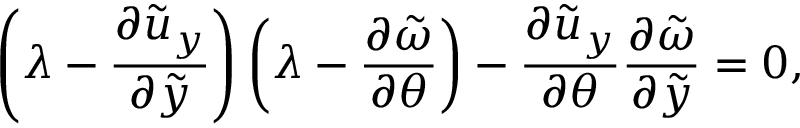
\left( \lambda - \frac { \partial \tilde { u } _ { y } } { \partial \tilde { y } } \right) \left( \lambda - \frac { \partial \tilde { \omega } } { \partial \theta } \right) - \frac { \partial \tilde { u } _ { y } } { \partial \theta } \frac { \partial \tilde { \omega } } { \partial \tilde { y } } = 0 ,